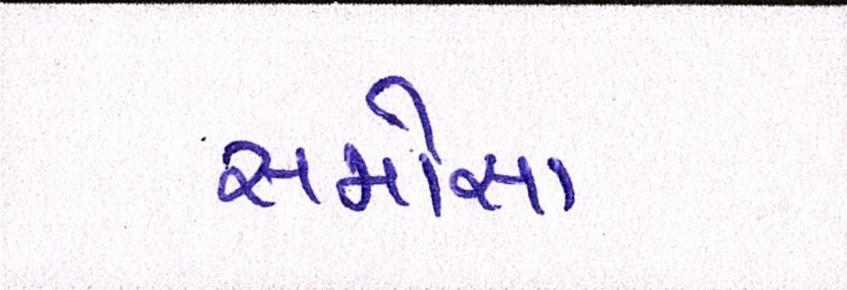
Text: સમોસા